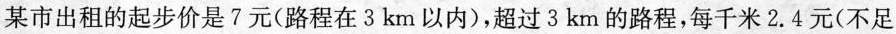
某市出租的起步价是7元(路程在3km以内)，超过3km的路程，每千米2.4元(不足